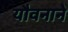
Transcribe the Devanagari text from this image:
यौवनाने